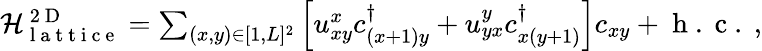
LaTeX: \begin{array}{r}{\mathcal{H}_{\mathrm{~l~a~t~t~i~c~e~}}^{\mathrm{~2~D~}}=\sum_{(x,y)\in[1,L]^{2}}\Big[u_{xy}^{x}c_{(x+1)y}^{\dagger}+u_{yx}^{y}c_{x(y+1)}^{\dagger}\Big]c_{xy}+\mathrm{~h~.~c~.~},}\end{array}